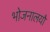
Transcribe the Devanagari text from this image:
भोजनालयौ